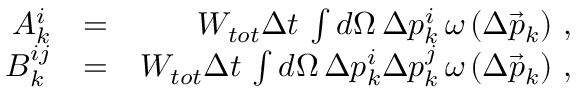
\begin{array} { r l r } { A _ { k } ^ { i } } & { = } & { W _ { t o t } \Delta t \, \int d \Omega \, \Delta p _ { k } ^ { i } \, \omega \left( \Delta \vec { p } _ { k } \right) \, , } \\ { B _ { k } ^ { i j } } & { = } & { W _ { t o t } \Delta t \, \int d \Omega \, \Delta p _ { k } ^ { i } \Delta p _ { k } ^ { j } \, \omega \left( \Delta \vec { p } _ { k } \right) \, , } \end{array}